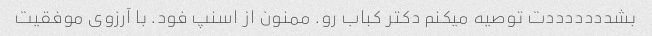
بشدددددددت توصیه میکنم دکتر کباب رو. ممنون از اسنپ فود. با آرزوی موفقیت